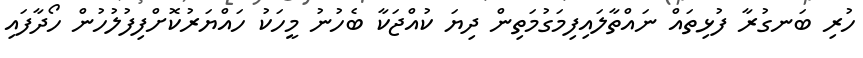
ހުރި ބަނގުރާ ފުޅިތައް ނައްތާލައިފިމަގުމަތިން ދިޔަ ކުއްޖަކާ ބެހުނު މީހަކު ހައްޔަރުކޮށްފިފުލުހުން ހޯދާފައި